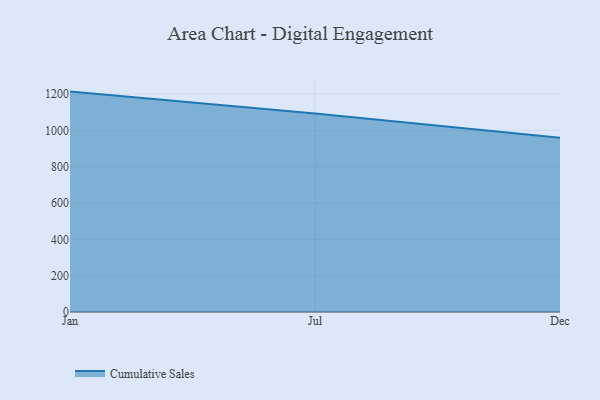
{"axis": {"x": "Month", "y": "Energy Usage (MWh)"}, "legend": ["Cumulative Sales"], "data": [{"x": "Jan", "y": 1213.6, "type": "Cumulative Sales"}, {"x": "Jul", "y": 1093.2, "type": "Cumulative Sales"}, {"x": "Dec", "y": 960.1, "type": "Cumulative Sales"}]}